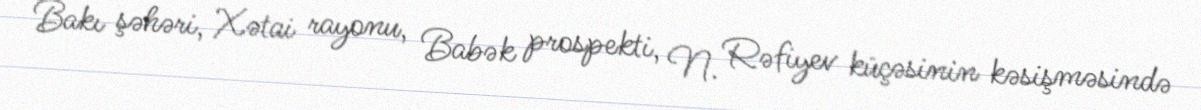
Bakı şəhəri, Xətai rayonu, Babək prospekti, N. Rəfiyev küçəsinin kəsişməsində